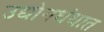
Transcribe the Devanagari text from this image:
उद्योगधंधात